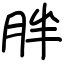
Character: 胖